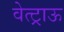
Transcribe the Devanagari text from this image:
वेत्ट्राऊ